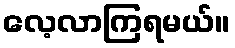
လေ့လာကြရမယ်။